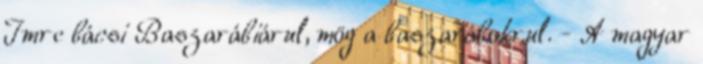
Imre bácsi Baszarábiárul, mög a baszarábokrul. - A magyar